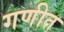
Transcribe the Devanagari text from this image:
गणीत